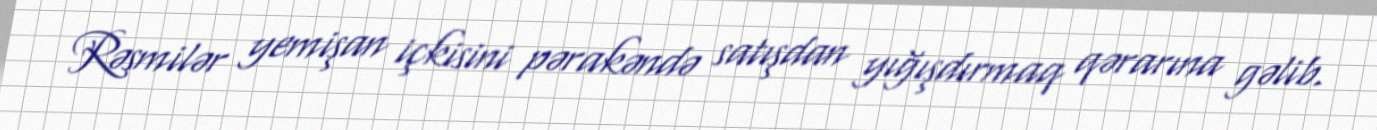
Rəsmilər yemişan içkisini pərakəndə satışdan yığışdırmaq qərarına gəlib.